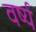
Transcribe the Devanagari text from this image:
वर्ष्य